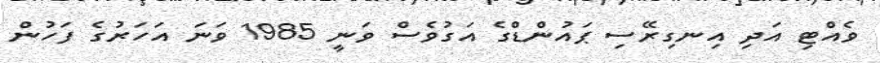
ވެއްޓި އަދި އިނގިރޭސި ޕައުންޑްގެ އަގުވެސް ވަނީ 1985 ވަނަ އަހަރުގެ ފަހުން